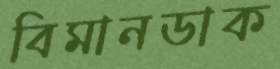
বিমানডাক